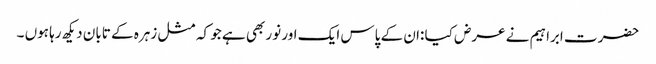
حضرت ابراہیم نے عرض کیا :ان کے پاس ایک اور نور بھی ہے جو کہ مثل زہرہ کے تابان دیکھ رہا ہوں ۔